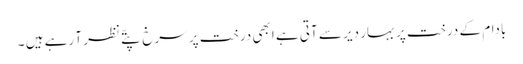
بادام کے درخت پر بہار دیر سے آتی ہے ابھی درخت پر سرخ پتّے نظر آ رہے ہیں ۔